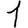
Digit: 1